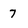
Character: 7